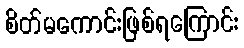
စိတ်မကောင်းဖြစ်ရကြောင်း